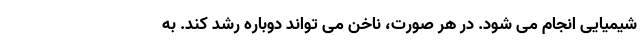
شیمیایی انجام می شود. در هر صورت، ناخن می تواند دوباره رشد کند. به